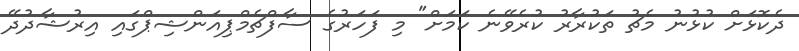
ދެކޮޅަށް ކުޅުނު މެޗު ތަކުރާރު ކުރެވޭނެ ކަމަށް" މި ފަހަރުގެ ސާފްޗެމްޕިއަންޝިޕްގައި އިރުޝާދުދޭ